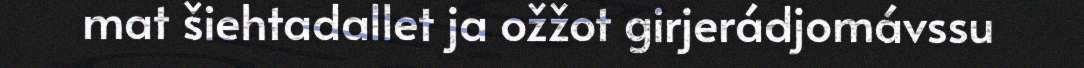
mat šiehtadallet ja ožžot girjerádjomávssu